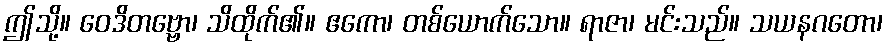
ဤသို့။ ဝေဒိတဗ္ဗော၊ သိထိုက်၏။ ဧကော၊ တစ်ယောက်သော။ ရာဇာ၊ မင်းသည်။ သယနဂတော၊